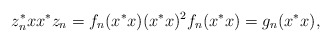
\begin{align*}z_n^* xx^* z_n=f_n(x^*x) (x^*x)^2 f_n(x^*x)=g_n(x^*x),\end{align*}